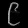
Digit: ၉